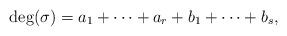
LaTeX: \begin{align*} \mathrm{deg}(\sigma)=a_{1}+\cdots+a_{r}+b_{1}+\cdots+b_{s},\end{align*}